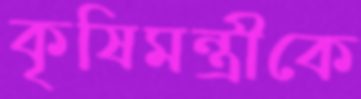
কৃষিমন্ত্রীকে